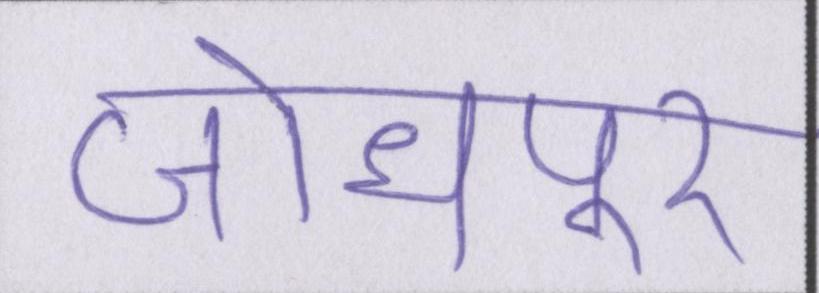
जोधपुर